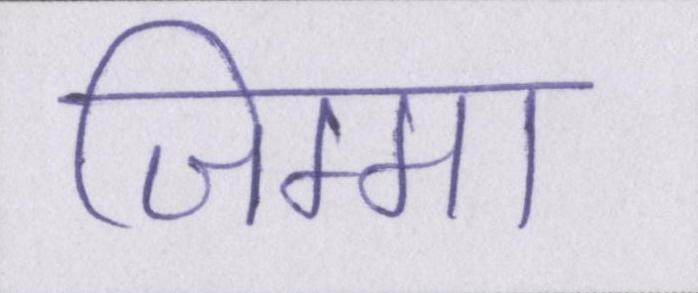
जिम्मा